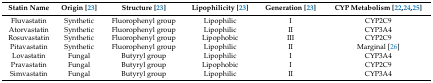
<table><thead><tr><td><b>Statin Name</b></td><td><b>Origin [23]</b></td><td><b>Structure [23]</b></td><td><b>Lipophilicity [23]</b></td><td><b>Generation [23]</b></td><td><b>CYP Metabolism [22,24,25]</b></td></tr></thead><tbody><tr><td>Fluvastatin</td><td>Synthetic</td><td>Fluorophenyl group</td><td>Lipophilic</td><td>I</td><td>CYP2C9</td></tr><tr><td>Atorvastatin</td><td>Synthetic</td><td>Fluorophenyl group</td><td>Lipophilic</td><td>II</td><td>CYP3A4</td></tr><tr><td>Rosuvastatin</td><td>Synthetic</td><td>Fluorophenyl group</td><td>Lipophobic</td><td>III</td><td>CYP2C9</td></tr><tr><td>Pitavastatin</td><td>Synthetic</td><td>Fluorophenyl group</td><td>Lipophilic</td><td>II</td><td>Marginal [26]</td></tr><tr><td>Lovastatin</td><td>Fungal</td><td>Butyryl group</td><td>Lipophilic</td><td>I</td><td>CYP3A4</td></tr><tr><td>Pravastatin</td><td>Fungal</td><td>Butyryl group</td><td>Lipophobic</td><td>I</td><td>CYP2C9</td></tr><tr><td>Simvastatin</td><td>Fungal</td><td>Butyryl group</td><td>Lipophilic</td><td>II</td><td>CYP3A4</td></tr></tbody></table>